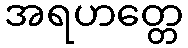
အရဟတ္တေ